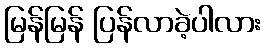
မြန်မြန် ပြန်လာခဲ့ပါလား